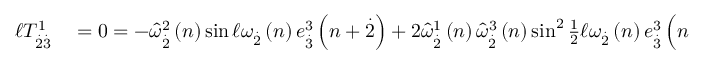
\begin{array} { r l } { \mathcal { \ell } T _ { \overset { . } { 2 } \overset { . } { 3 } } ^ { 1 } } & { { } = 0 = - \widehat { \omega } _ { \overset { . } { 2 } } ^ { 2 } \left( n \right) \sin \mathcal { \ell } \omega _ { \overset { . } { 2 } } \left( n \right) e _ { \overset { . } { 3 } } ^ { 3 } \left( n + \overset { . } { 2 } \right) + 2 \widehat { \omega } _ { \overset { . } { 2 } } ^ { 1 } \left( n \right) \widehat { \omega } _ { \overset { . } { 2 } } ^ { 3 } \left( n \right) \sin ^ { 2 } \frac { 1 } { 2 } \mathcal { \ell } \omega _ { \overset { . } { 2 } } \left( n \right) e _ { \overset { . } { 3 } } ^ { 3 } \left( n + \overset { . } { 2 } \right) } \end{array}